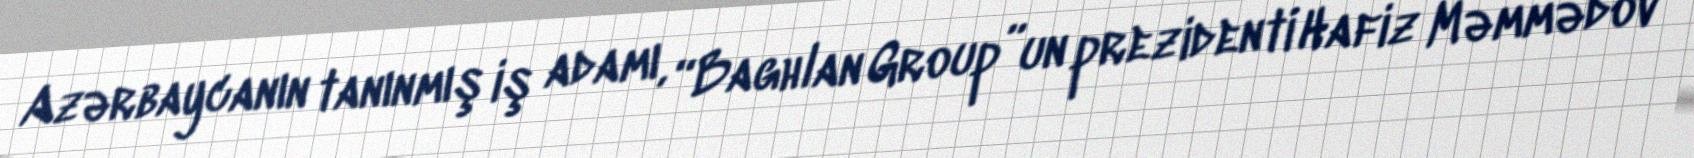
Azərbaycanın tanınmış iş adamı, “Baghlan Group”un prezidenti Hafiz Məmmədov